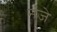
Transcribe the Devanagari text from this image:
नजे